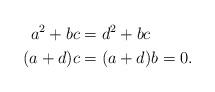
LaTeX: \begin{align*}a^2 + bc &= d^2 + bc\\(a+d)c &= (a + d)b = 0.\end{align*}